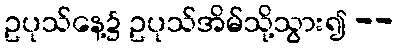
ဥပုသ်နေ့၌ ဥပုသ်အိမ်သို့သွား၍ --